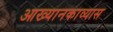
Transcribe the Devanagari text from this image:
आख्यानकाव्यास